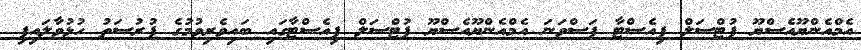
އެމްއެންޔޫއެސްޔޫ ފުޓްސަލް ފިއެސްޓާ ފަސްވަނަ އެމްއެންޔޫއެސްޔޫ ފުޓްސަލް ފިއެސްޓާގައި ބައިވެރިވުމުގެ ފުރުސަތު ހުޅުވާލައިފި